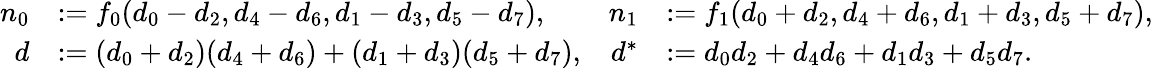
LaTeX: \begin{array}{rlrl}{n_{0}}&{:=f_{0}(d_{0}-d_{2},d_{4}-d_{6},d_{1}-d_{3},d_{5}-d_{7}),}&{n_{1}}&{:=f_{1}(d_{0}+d_{2},d_{4}+d_{6},d_{1}+d_{3},d_{5}+d_{7}),}\\ {d}&{:=(d_{0}+d_{2})(d_{4}+d_{6})+(d_{1}+d_{3})(d_{5}+d_{7}),}&{d^{*}}&{:=d_{0}d_{2}+d_{4}d_{6}+d_{1}d_{3}+d_{5}d_{7}.}\end{array}